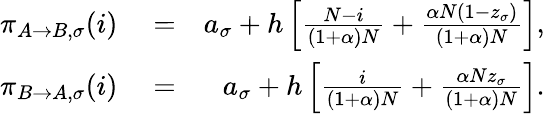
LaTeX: \begin{array}{rlr}{\pi_{A\to B,\sigma}(i)}&{{}=}&{a_{\sigma}+h\left[\frac{N-i}{(1+\alpha)N}+\frac{\alpha N(1-z_{\sigma})}{(1+\alpha)N}\right],}\\ {\pi_{B\to A,\sigma}(i)}&{{}=}&{a_{\sigma}+h\left[\frac{i}{(1+\alpha)N}+\frac{\alpha Nz_{\sigma}}{(1+\alpha)N}\right].}\end{array}